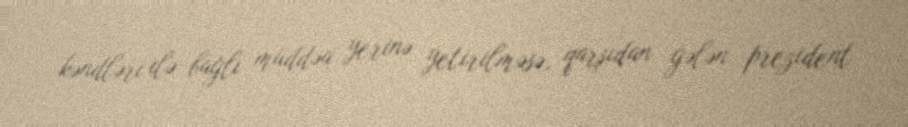
kəndləri ilə bağlı müddəa yerinə yetirilməsə, qarşıdan gələn prezident